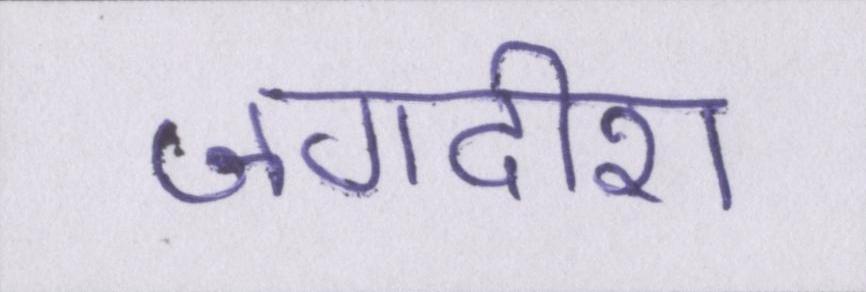
जगदीश